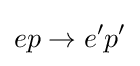
ep\to e^{\prime }p^{\prime }